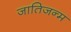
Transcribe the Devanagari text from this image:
जातिजन्म